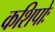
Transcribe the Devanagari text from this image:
कशिपोः